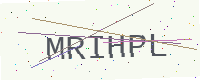
Text: MRIHPL